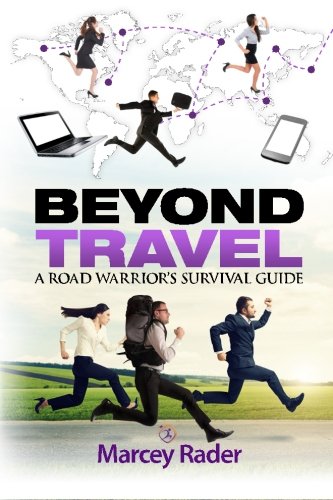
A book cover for Beyond Travel: A Road Warrior's Survival Guide; Marcey Rader; Travel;